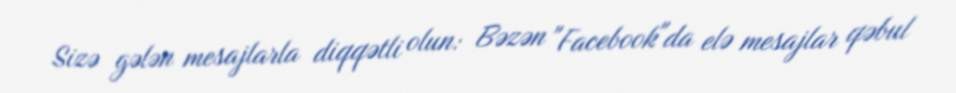
Sizə gələn mesajlarla diqqətli olun: Bəzən "Facebook"da elə mesajlar qəbul